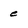
Character: e